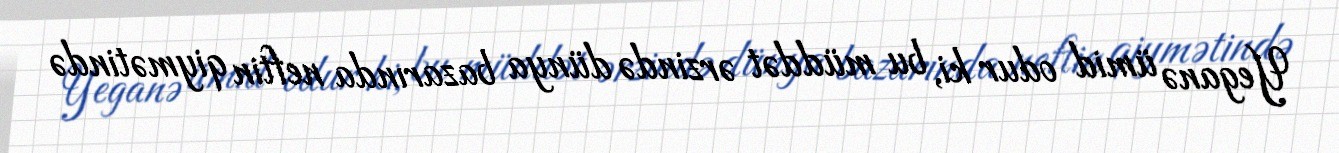
Yeganə ümid odur ki, bu müddət ərzində dünya bazarında neftin qiymətində